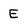
Character: E